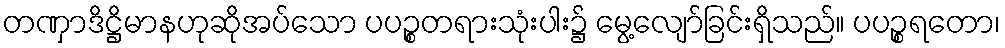
တဏှာဒိဋ္ဌိမာနဟုဆိုအပ်သော ပပဉ္စတရားသုံးပါး၌ မွေ့လျော်ခြင်းရှိသည်။ ပပဉ္စရတော၊